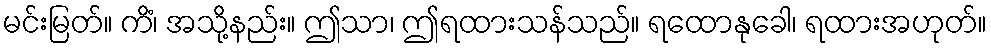
မင်းမြတ်။ ကိံ၊ အသို့နည်း။ ဤသာ၊ ဤရထားသန်သည်။ ရထောနုခေါ၊ ရထားအဟုတ်။